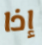
إذا